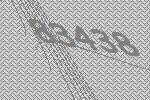
83438